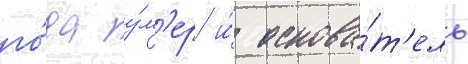
го́да у́м'ер и́ основа́т'ель